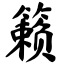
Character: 籁